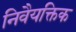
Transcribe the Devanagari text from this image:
निवैयक्तिक